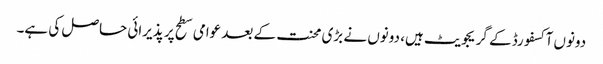
دونوں آکسفورڈ کے گریجویٹ ہیں، دونوں نے بڑی محنت کے بعد عوامی سطح پر پذیرائی حاصل کی ہے۔